system: You are a helpful assistant.
user:
Analyze the provided spectrum to determine if it is a **S-type Star**.

- **Key Indicators for S-type Star:**

    - **(Overall Spectrum Shape):** The first and most obvious characteristic is the overall continuum (the "baseline" shape). It is **extremely "red-sloping,"** meaning the flux (light intensity) is very low on the left side (blue, ~4000-4500 Å) and rises steeply and continuously toward the right side (red, ~7000 Å+).

    - **(Primary):** The spectrum is defined by the presence of strong, broad molecular absorption "valleys" (bands) from **Zirconium Oxide (ZrO)**. The identification of these bands is the **primary requirement** for classifying a star as S-type.
        - **(Key Bandheads):** You must find distinct, deep "dips" where the light has been absorbed. The most critical band systems to locate are:
            - **~6474 Å** ($\gamma$-system): This is often the strongest and clearest ZrO feature, found in the red part of the spectrum.
            - **~5718 Å** & **~5551 Å** ($\beta$-system): A pair of prominent absorption features in the yellow-orange part of the spectrum.
            - **~4640 Å** ($\alpha$-system): A key absorption band system in the blue-green region of the spectrum.

    - **(Secondary Confirmation):** The classification is strengthened by finding additional absorption bands from other related heavy element oxides, which are expected to be present alongside ZrO.
        - **(Key Bandheads):**
            - **Yttrium Oxide (YO):** Look for absorption dips near **~4800 Å** and **~6100 Å**.
            - **Lanthanum Oxide (LaO):** Additional absorption features, particularly in the red-orange part of the spectrum, are also characteristic.

    - **(Line Profile):** The combination of the steep red continuum and these numerous, deep molecular bands (ZrO, YO, etc.) gives the entire spectrum a very **"chopped-up"** or **"bumpy"** appearance. Instead of a smooth curve, the spectrum looks as though large, wide chunks of light have been "carved out" of it at the specific wavelengths listed above.

Think first, call **spectral_visualization_tool** if needed to examine features in detail, then provide your final answer. Your response must adhere to the following strict rules:
1.  **Overall Structure:** Your response must follow the format `<think>...</think> <tool_call>...</tool_call> (if a tool is used) <answer>...</answer>`.
2.  **Tool Usage Constraint:** You may only make **one** tool call per turn.
3.  **Final Answer Format:** In the `<answer>` tag, your conclusion must be inside a `\boxed{}` command (e.g., `\boxed{YES}` or `\boxed{NO}`), followed by your justification.

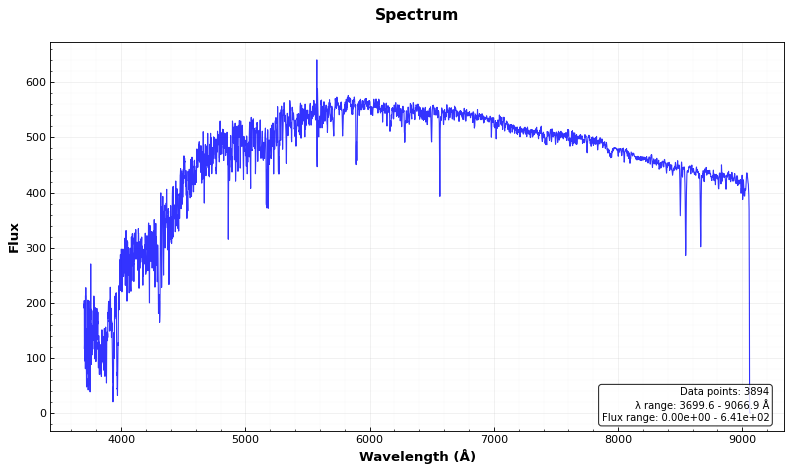
Answer: NO